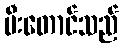
မီးတောင်သည်